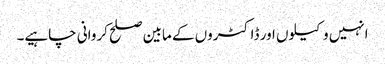
انہیں وکیلوں اور ڈاکٹروں کے مابین صلح کروانی چاہیے۔